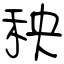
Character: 秧